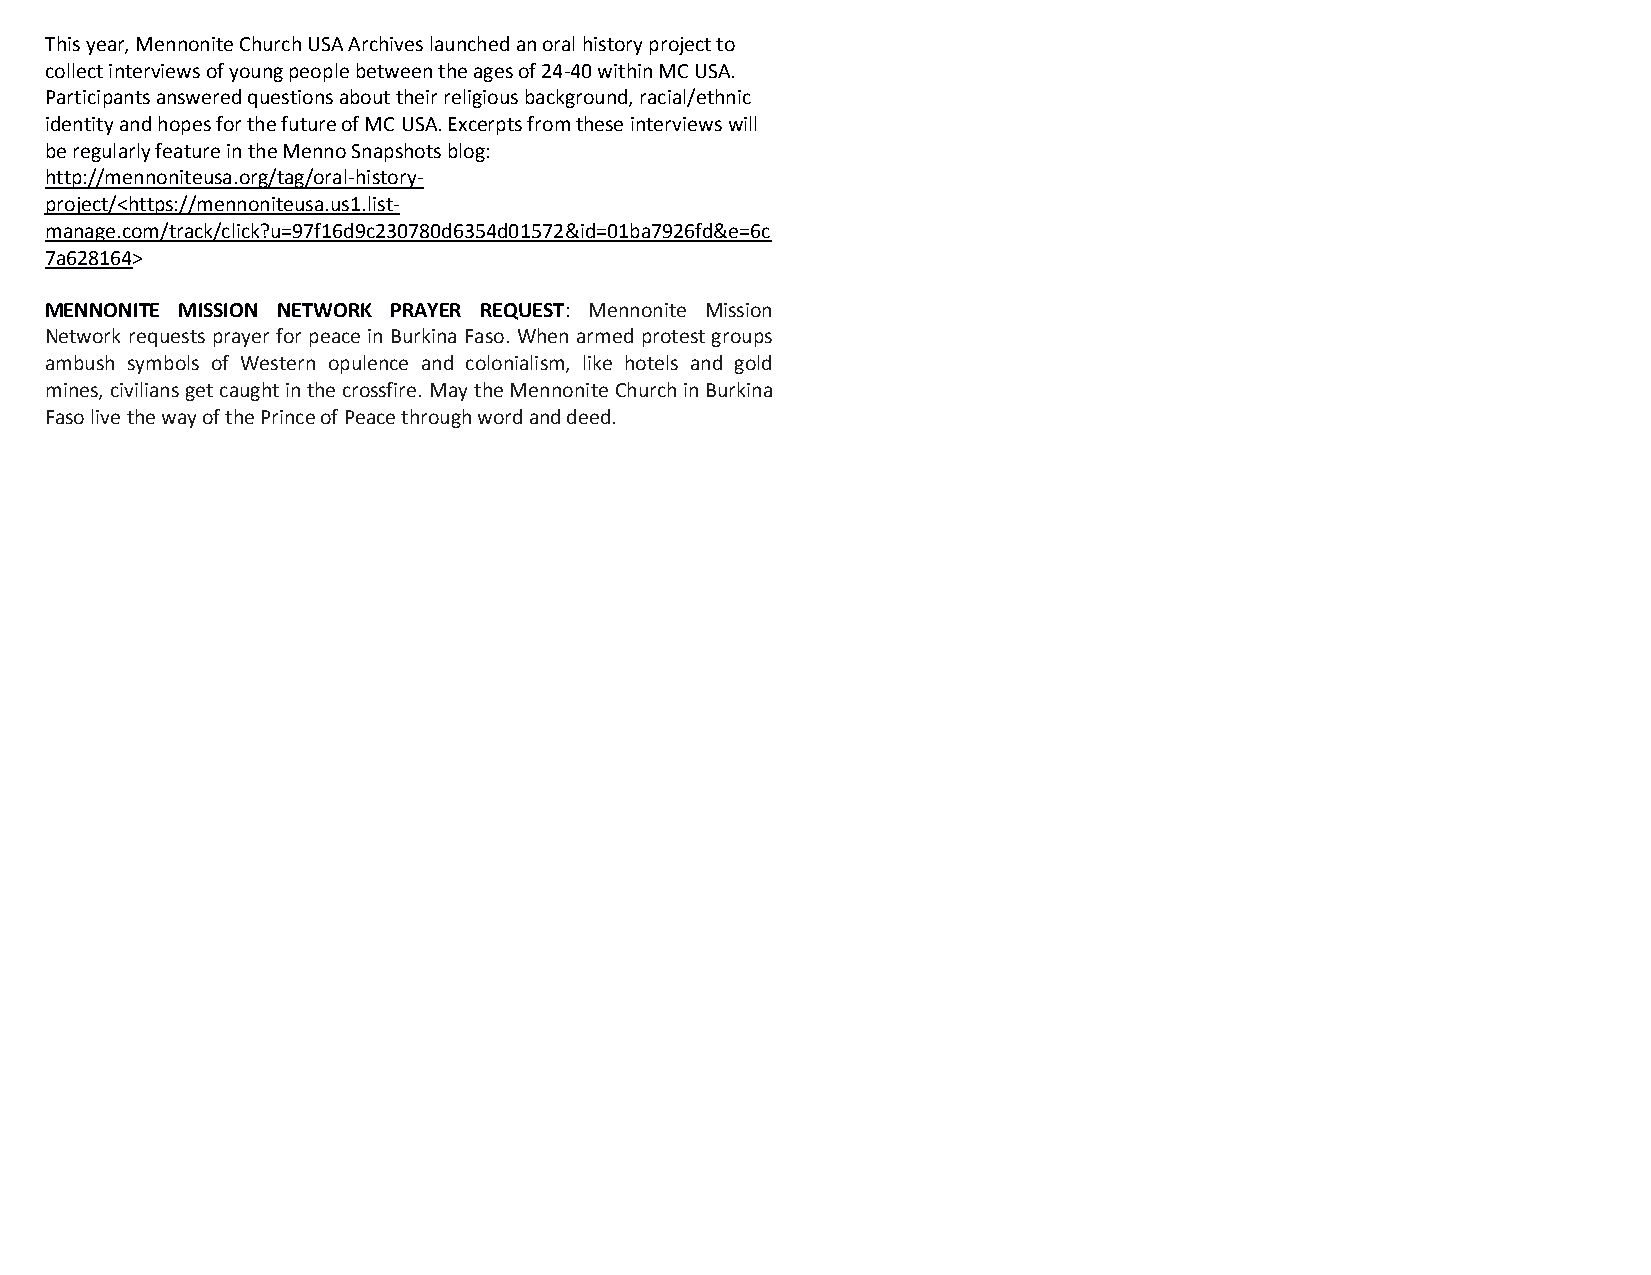
This year, Mennonite Church USA Archives launched an oral history project to
 collect interviews of young people between the ages of 24-40 within MC USA.
 Participants answered questions about their religious background, racial/ethnic
 identity and hopes for the future of MC USA. Excerpts from these interviews will
 be regularly feature in the Menno Snapshots blog:
 http://mennoniteusa.org/tag/oral-history-
 project/<https://mennoniteusa.us1.list-
 manage.com/track/click?u=97f16d9c230780d6354d01572&id=01ba7926fd&e=6c
 7a628164>
 MENNONITE MISSION NETWORK PRAYER REQUEST: Mennonite Mission
 Network requests prayer for peace in Burkina Faso. When armed protest groups
 ambush symbols of Western opulence and colonialism, like hotels and gold
 mines, civilians get caught in the crossfire. May the Mennonite Church in Burkina
 Faso live the way of the Prince of Peace through word and deed.